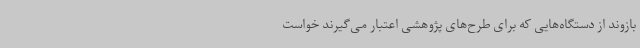
بازوند از دستگاه‌هایی که برای طرح‌های پژوهشی اعتبار می‌گیرند خواست